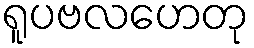
ရူပဗလဟေတု